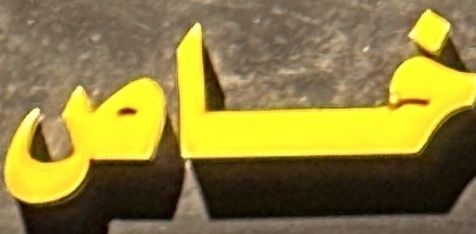
خاص